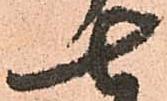
七